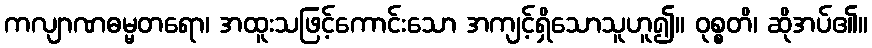
ကလျာဏဓမ္မတရော၊ အထူးသဖြင့်ကောင်းသော အကျင့်ရှိသောသူဟူ၍။ ဝုစ္စတိ၊ ဆိုအပ်၏။